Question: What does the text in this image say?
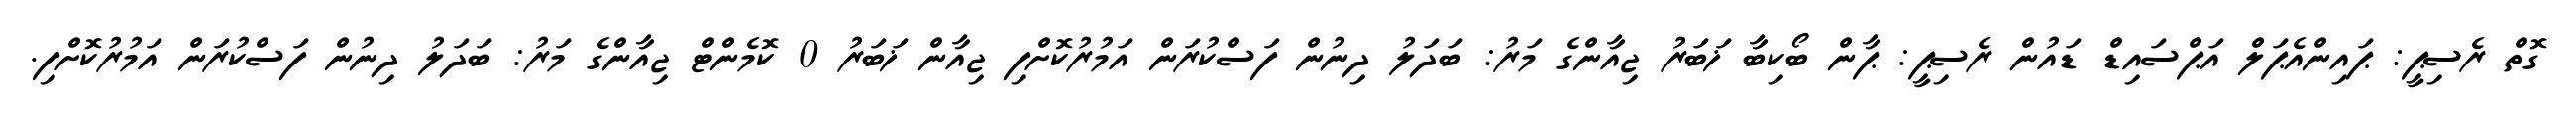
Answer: ގޮތް ރެސިޕީ: ޕައިންއެޕަލް އަޕްސައިޑް ޑައުން ރެސިޕީ: ޕާން ބޯކިބާ ޚަބަރު ޖިއާންގެ މަރު: ބަދަލު ދިނުން ފަސްކުރަން އަމުރުކޮށްފި ޖިއާން ޚަބަރު 0 ކޮމެންޓް ޖިއާންގެ މަރު: ބަދަލު ދިނުން ފަސްކުރަން އަމުރުކޮށްފި.